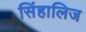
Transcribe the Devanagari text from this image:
सिंहालिज